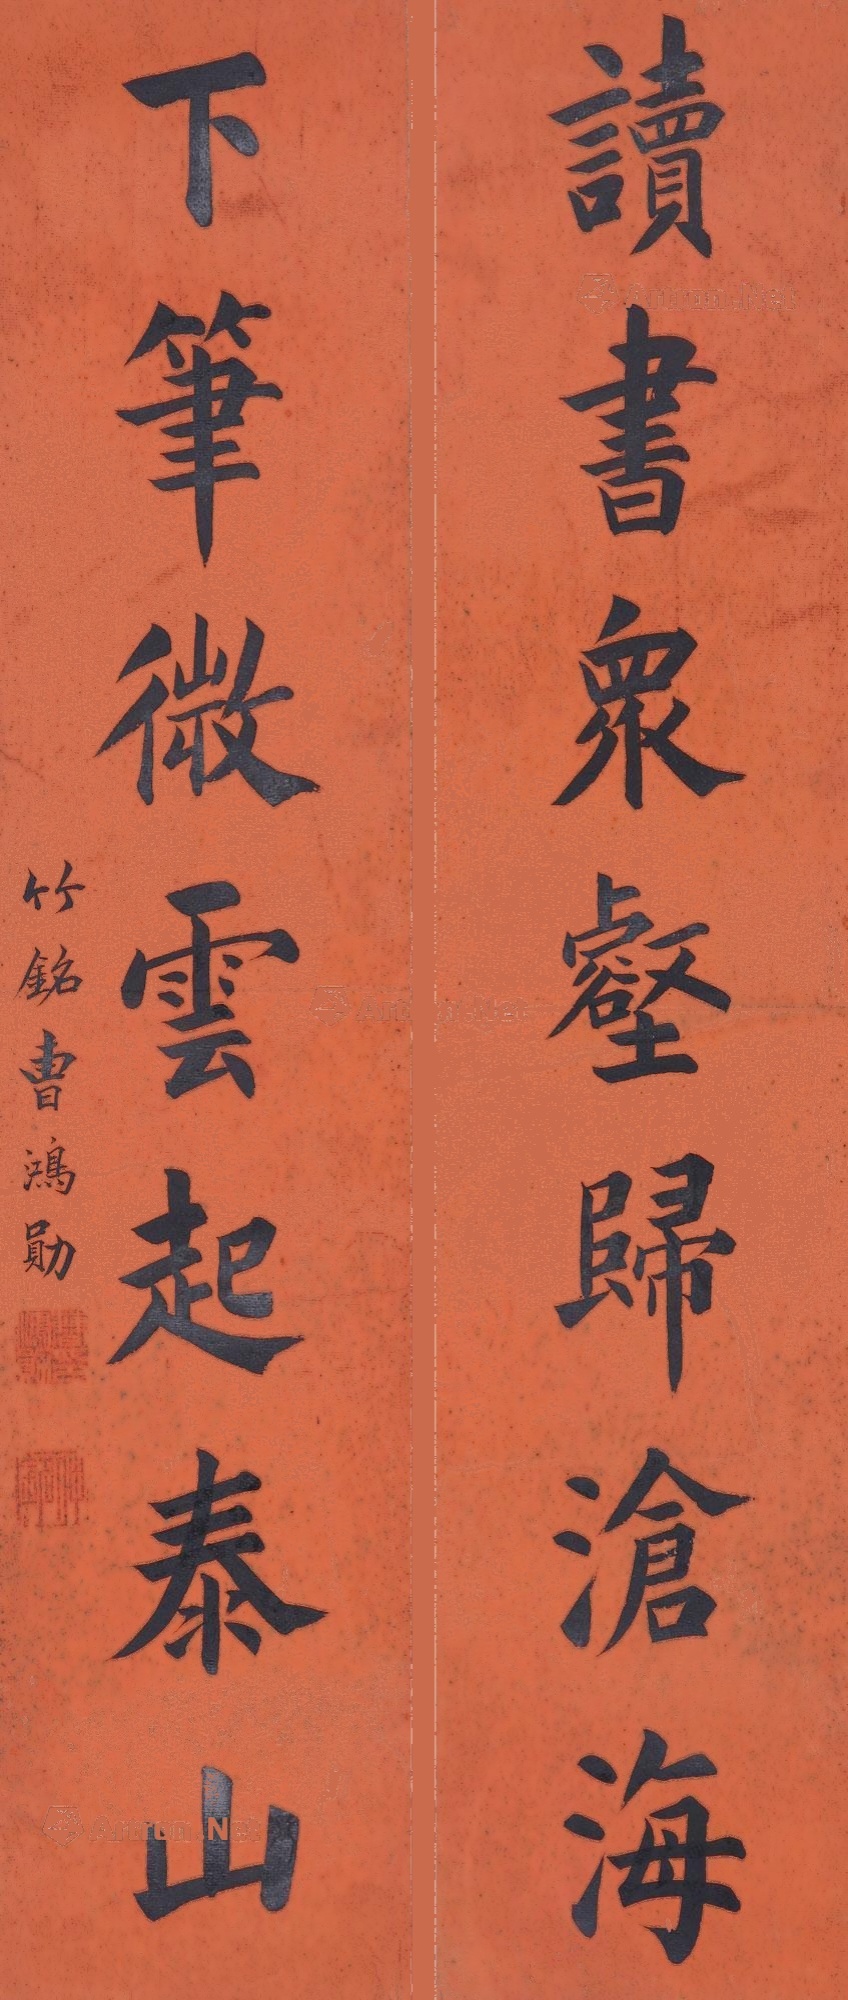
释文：读书众壑归沧海，下笔微云起泰山。竹铭曹鸿勋。